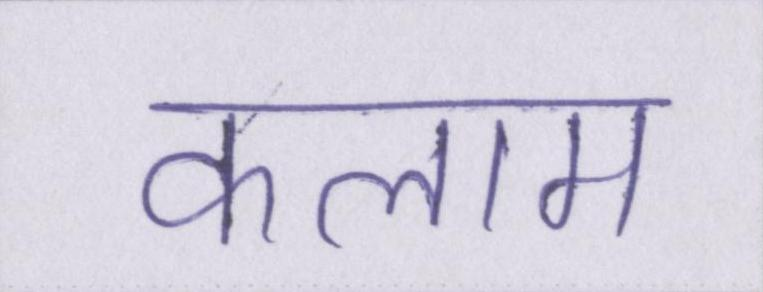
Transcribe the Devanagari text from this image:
कलाम